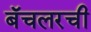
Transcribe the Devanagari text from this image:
बॅचलरची